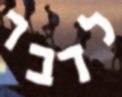
לדבר